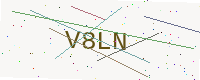
Text: V8LN